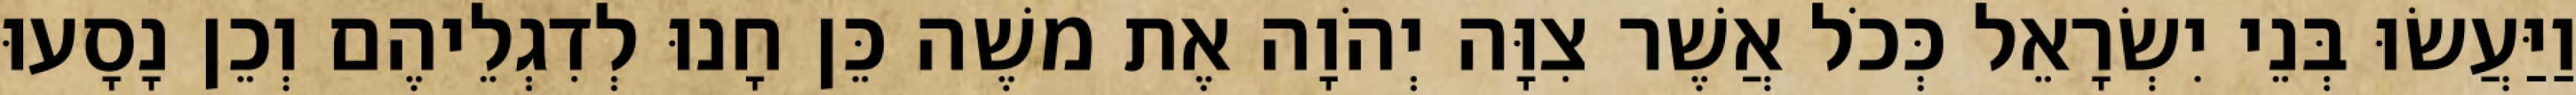
וַיַּעֲשׂוּ בְּנֵי יִשְׂרָאֵל כְּכֹל אֲשֶׁר צִוָּה יְהֹוָה אֶת משֶׁה כֵּן חָנוּ לְדִגְלֵיהֶם וְכֵן נָסָעוּ